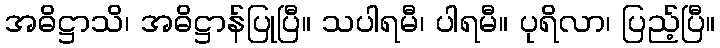
အဓိဋ္ဌာသိ၊ အဓိဋ္ဌာန်ပြုပြီ။ သပါရမီ၊ ပါရမီ။ ပုရိလာ၊ ပြည့်ပြီ။